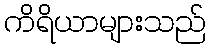
ကိရိယာများသည်